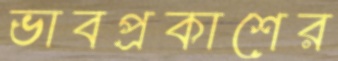
ভাবপ্রকাশের